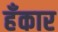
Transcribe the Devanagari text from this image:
हँकार